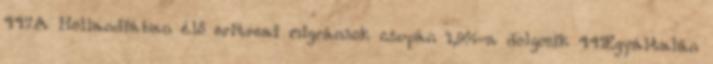
447A Hollandiában élő eritreai migránsok csupán 1,9%-a dolgozik 441Egyáltalán